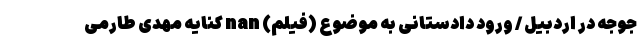
جوجه در اردبیل / ورود دادستانی به موضوع (فیلم) nan کنایه مهدی طارمی